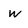
Character: w